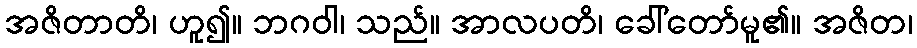
အဇိတာတိ၊ ဟူ၍။ ဘဂဝါ၊ သည်။ အာလပတိ၊ ခေါ်တော်မူ၏။ အဇိတ၊